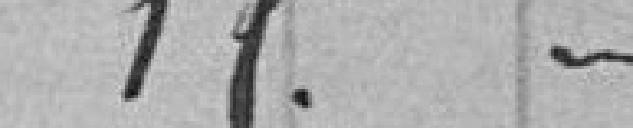
15